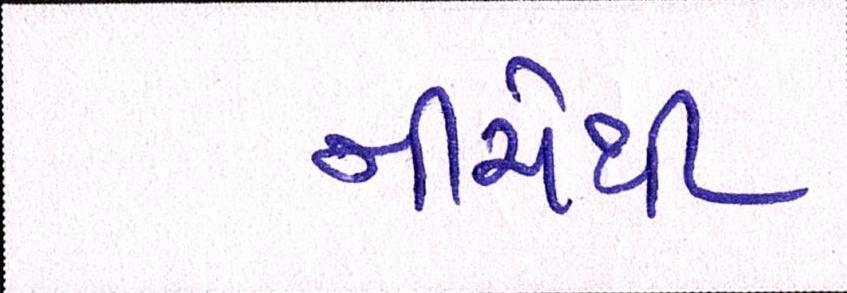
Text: નીચેથી